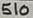
Text: 510